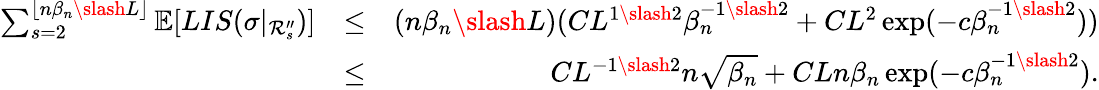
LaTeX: \begin{array}{rlr}{\sum_{s=2}^{\lfloor n\beta_{n}\slash L\rfloor}\mathbb{E}[LIS(\sigma|_{\mathcal{R}_{s}^{\prime\prime}})]}&{\leq}&{(n\beta_{n}\slash L)(CL^{1\slash 2}\beta_{n}^{-1\slash 2}+CL^{2}\exp(-c\beta_{n}^{-1\slash 2}))}\\ &{\leq}&{CL^{-1\slash 2}n\sqrt{\beta_{n}}+CLn\beta_{n}\exp(-c\beta_{n}^{-1\slash 2}).}\end{array}